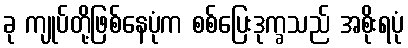
ခု ကျုပ်တို့ဖြစ်နေပုံက စစ်ပြေးဒုက္ခသည် အစိုးရပုံ